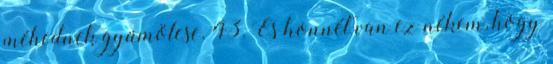
méhednek gyümölcse. 43. És honnét van ez nékem, hogy